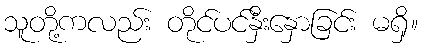
သူတို့ကလည်း တိုင်ပင်နှီးနှောခြင်း မရှိ။